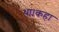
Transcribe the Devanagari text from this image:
था।कहा